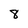
Character: 8